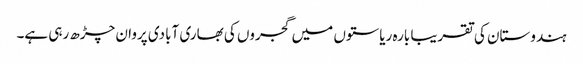
ہندوستان کی تقریبا بارہ ریاستوں میں گجروں کی بھاری آبادی پروان چڑھ رہی ہے۔